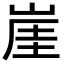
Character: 崖